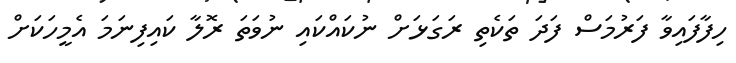
ހިފާފައިވާ ފަރުމަސް ފަދަ ތަކެތި ރަގަޅަށް ނުކައްކައި ނުވަތަ ރޮލާ ކައިފިނަމަ އެމީހަކަށް